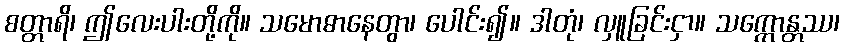
စတ္တာရိ၊ ဤလေးပါးတို့ကို။ သမောဓာနေတွာ၊ ပေါင်း၍။ ဒါတုံ၊ လှူခြင်းငှာ။ သက္ကောန္တဿ၊